Indian journal of veterinary science and animal husbandry - Volume 13,
Year: 1943
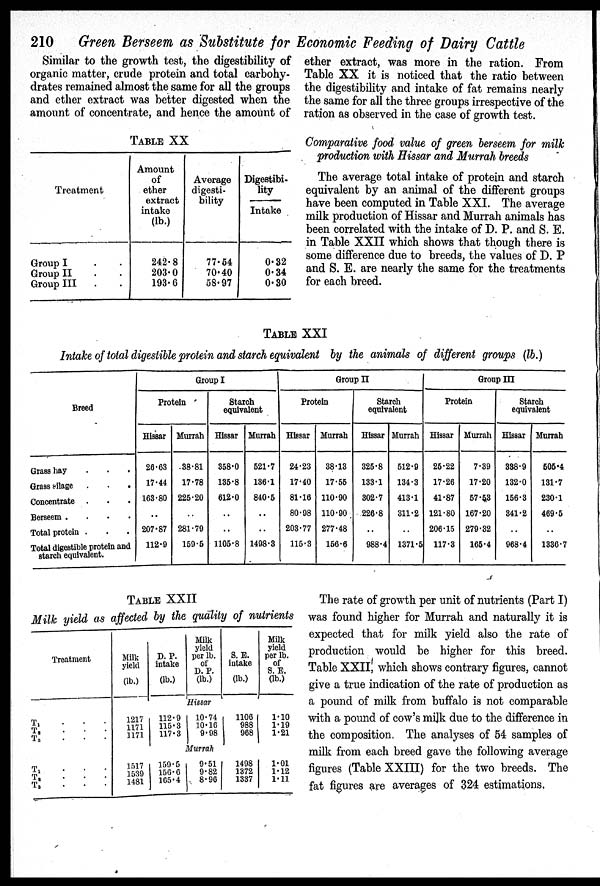
210 Green Berseem as Substitute for Economic Feeding of Dairy Cattle
Similar to the growth test, the digestibility of
organic matter, crude protein and total carbohy-
drates remained almost the same for all the groups
and ether extract was better digested when the
amount of concentrate, and hence the amount of
TABLE XX
Treatment
Group I . .
Group II . .
Group III . .
Amount
of
ether
extract
intake
(lb.)
242.8
203.0
193.6
Average
digesti-
bility
77.54
70.40
58.97
Digestibi-
lity
Intake
0.32
0.34
0.30
ether extract, was more in the ration. From
Table XX it is noticed that the ratio between
the digestibility and intake of fat remains nearly
the same for all the three groups irrespective of the
ration as observed in the case of growth test.
Comparative food value of green berseem for milk
production with Hissar and Murrah breeds
The average total intake of protein and starch
equivalent by an animal of the different groups
have been computed in Table XXI. The average
milk production of Hissar and Murrah animals has
been correlated with the intake of D. P. and S. E.
in Table XXII which shows that though there is
some difference due to breeds, the values of D. P
and S. E. are nearly the same for the treatments
for each breed.
TABLE XXI
Intake of total digestible protein and starch equivalent by the animals of different groups (lb.)
Breed
Grass hay . . .
Grass silage
.
.
.
Concentrate . . .
Berseem . . . .
Total protein . . .
Total digestible protein and
starch equivalent.
Group I
Protein
Hissar
26.63
17.44
163.80
..
207.87
112.9
Murrah
38.81
17.78
225.20
..
281.79
159.5
Starch
equivalent
Hissar
358.0
135.8
612.0
..
..
1105.8
Murrah
521.7
136.1
840.5
..
..
1498.3
Group II
Protein
Hissar
24.23
17.40
81.16
80.98
203.77
115.3
Murrah
38.13
17.55
110.90
110.90
277.48
156.6
Starch
equivalent
Hissar
325.8
133.1
302.7
226.8
..
988.4
Murrah
512.9
134.3
413.1
311.2
..
1371.5
Group III
Protein
Hissar
25.22
17.26
41.87
121.80
206.15
117.3
Murrah
7.39
17.20
57.53
167.20
279.32
165.4
Starch
equivalent
Hissar
388.9
132.0
156.3
341.2
..
968.4
Murrah
505.4
131.7
230.1
469.5
..
1336.7
TABLE XXII
Milk yield as affected by the quality of nutrients
Treatment
T 1 . . .
T 2 . . .
T 3
.
.
.
T1 . . .
T 2 . . .
T 3 . . .
Milk
(lb.)
D. P.
intake
(lb.)
Milk
yield
per lb.
of
D. P.
(lb.)
S. E.
intake
(lb.)
Milk
yield
per lb.
of
S. E.
(lb.)
Hissar
1217
1171
1171
112.9
115.3
117.3
10.74
10.16
9.98
1106
988
968
1.10
1.19
1.21
Murrah
1517
1539
1481
159.5
156.6
165.4
9.51
9.82
8.96
1498
1372
1337
1.01
1.12
1.11
The rate of growth per unit of nutrients (Part I)
was found higher for Murrah and naturally it is
expected that for milk yield also the rate of
production would be higher for this breed.
Table XXII, which shows contrary figures, cannot
give a true indication of the rate of production as
a pound of milk from buffalo is not comparable
with a pound of cow's milk due to the difference in
the composition. The analyses of 54 samples of
milk from each breed gave the following average
figures (Table XXIII) for the two breeds. The
fat figures are averages of 324 estimations,